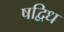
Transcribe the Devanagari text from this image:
षद्विध